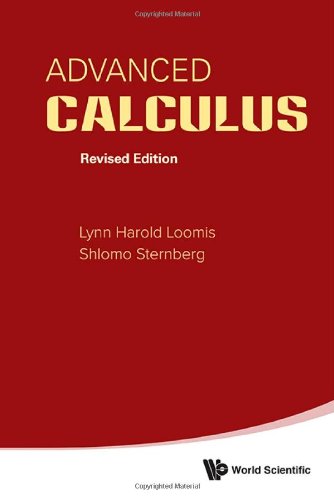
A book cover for Advanced Calculus : Revised Edition; Shlomo Zvi Sternberg; Science & Math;